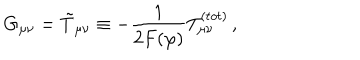
LaTeX: G _ { \mu \nu } = \tilde { T } _ { \mu \nu } \equiv - \frac { 1 } { 2 F ( \varphi ) } T _ { \mu \nu } ^ { ( t o t ) } \, ,